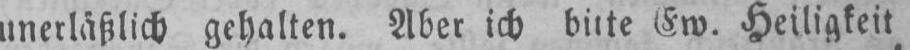
Ew. Heiligkeit